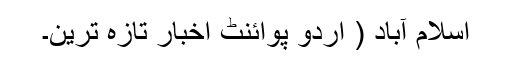
اسلام آباد ( اُردو پوائنٹ اخبار تازہ ترین۔